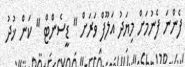
ފެންނަ ފެނުމަށް މިޔަދު އަލޫފް ވަރަށް " ޑީސެންޓް " ކަން ޚުދު